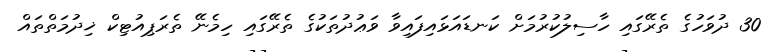
30 ދުވަހުގެ ތެރޭގައި ހާސިލުކުރުމަށް ކަނޑައަޅައިފައިވާ ވަޢުދުތަކުގެ ތެރޭގައި ހިމެނޭ ތެރަޕިއުޓިކް ޚިދުމަތްތައް